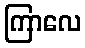
ကြာလေ